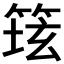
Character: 𱸆